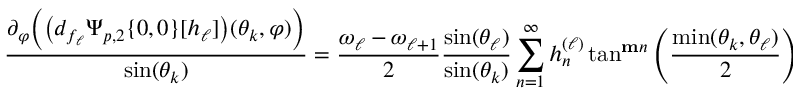
\frac { \partial _ { \varphi } \Big ( \big ( d _ { f _ { \ell } } \Psi _ { p , 2 } \{ 0 , 0 \} [ h _ { \ell } ] \big ) ( \theta _ { k } , \varphi ) \Big ) } { \sin ( \theta _ { k } ) } = \frac { \omega _ { \ell } - \omega _ { \ell + 1 } } { 2 } \frac { \sin ( \theta _ { \ell } ) } { \sin ( \theta _ { k } ) } \sum _ { n = 1 } ^ { \infty } h _ { n } ^ { ( \ell ) } \tan ^ { \mathbf { m } n } \left( \frac { \operatorname* { m i n } ( \theta _ { k } , \theta _ { \ell } ) } { 2 } \right) \cot ^ { \mathbf { m } n } \left( \frac { \operatorname* { m a x } ( \theta _ { k } , \theta _ { \ell } ) } { 2 } \right) \sin ( \mathbf { m } n \varphi ) .